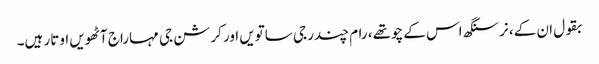
بقول ان کے، نرسنگھ اس کے چوتھے، رام چندر جی ساتویں اور کرشن جی مہاراج آٹھویں اوتار ہیں۔